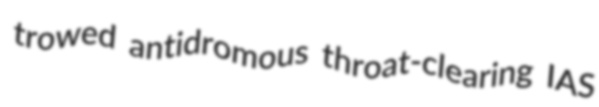
trowed antidromous throat-clearing IAS